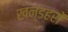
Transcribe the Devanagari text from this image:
खन्डहरों